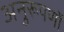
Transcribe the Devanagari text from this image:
अनुरूपणों